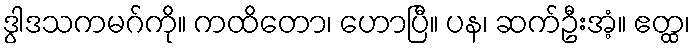
ဒွါဒသကမဂ်ကို။ ကထိတော၊ ဟောပြီ။ ပန၊ ဆက်ဦးအံ့။ ဧတ္ထ၊